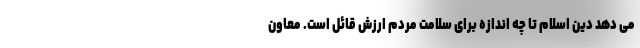
می دهد دین اسلام تا چه اندازه برای سلامت مردم ارزش قائل است. معاون